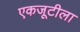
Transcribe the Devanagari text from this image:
एकजूटीला